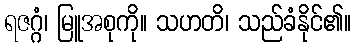
ရဇဂ္ဂံ၊ မြူအစုကို။ သဟတိ၊ သည်ခံနိုင်၏။